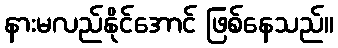
နားမလည်နိုင်အောင် ဖြစ်နေသည်။